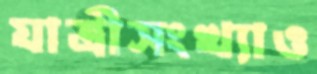
যাত্রীসংখ্যাও